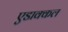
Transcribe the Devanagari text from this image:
एडाक्कल